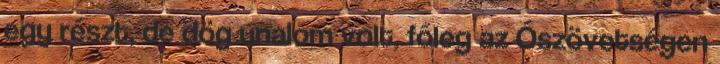
egy részt, de dög unalom volt, főleg az Ószövetségen